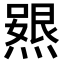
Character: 𭶃